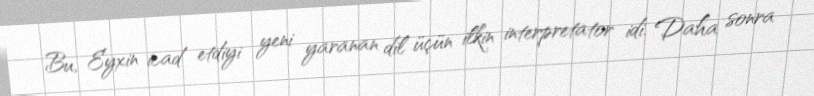
Bu, Eyxin icad etdiyi yeni yaranan dil üçün ilkin interpretator idi. Daha sonra